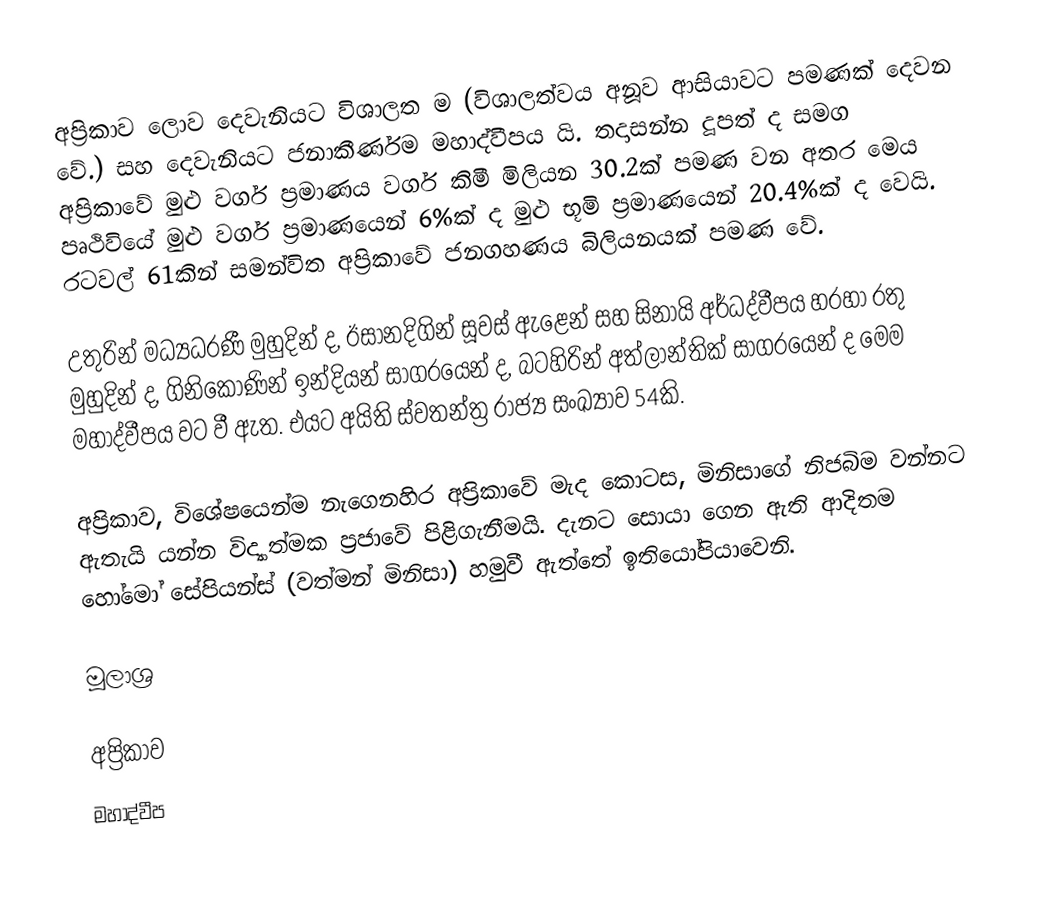
අප්‍රිකාව ලොව දෙවැනියට විශාලත ම (විශාලත්වය අනූව ආසියාවට පමණක් දෙවන වේ.) සහ දෙවැනියට ජනාකීර්ණම මහාද්වීපය යි. තදාසන්න දූපත් ද සමග අප්‍රිකාවේ මුළු වර්ග ප්‍රමාණය වර්ග කිමී මිලියන 30.2ක් පමණ වන අතර මෙය පෘථිවියේ මුළු වර්ග ප්‍රමාණයෙන් 6%ක් ද මුළු භූමි ප්‍රමාණයෙන් 20.4%ක් ද වෙයි. රටවල් 61කින් සමන්විත අප්‍රිකාවේ ජනගහණය බිලියනයක් පමණ වේ.

උතුරින් මධ්‍යධරණී මුහුදින් ද, ඊසානදිගින් සූවස් ඇළෙන් සහ සිනායි අර්ධද්වීපය හරහා රතු මුහුදින් ද, ගිනිකොණින් ඉන්දියන් සාගරයෙන් ද, බටහිරින් අත්ලාන්තික් සාගරයෙන් ද මෙම මහාද්වීපය වට වී ඇත. එයට අයිති ස්වතන්ත්‍ර රාජ්‍ය සංඛ්‍යාව 54කි.

අප්‍රිකාව, විශේෂයෙන්ම නැගෙනහිර අප්‍රිකාවේ මැද කොටස, මිනිසාගේ නිජබිම වන්නට ඇතැයි යන්න විද්‍යාත්මක ප්‍රජාවේ පිළිගැනීමයි. දැනට සොයා ගෙන ඇති ආදිතම හෝමෝ සේපියන්ස් (වත්මන් මිනිසා) හමුවී ඇත්තේ ඉතියෝපියාවෙනි.

මූලාශ්‍ර

අප්‍රිකාව
මහාද්වීප